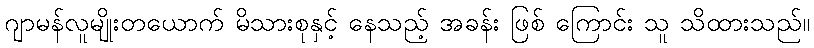
ဂျာမန်လူမျိုးတယောက် မိသားစုနှင့် နေသည့် အခန်း ဖြစ် ကြောင်း သူ သိထားသည်။